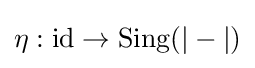
\eta :\operatorname {id} \to \operatorname {Sing} (|-|)